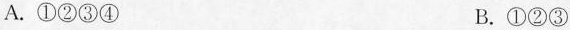
A.①②③④ B.①②③